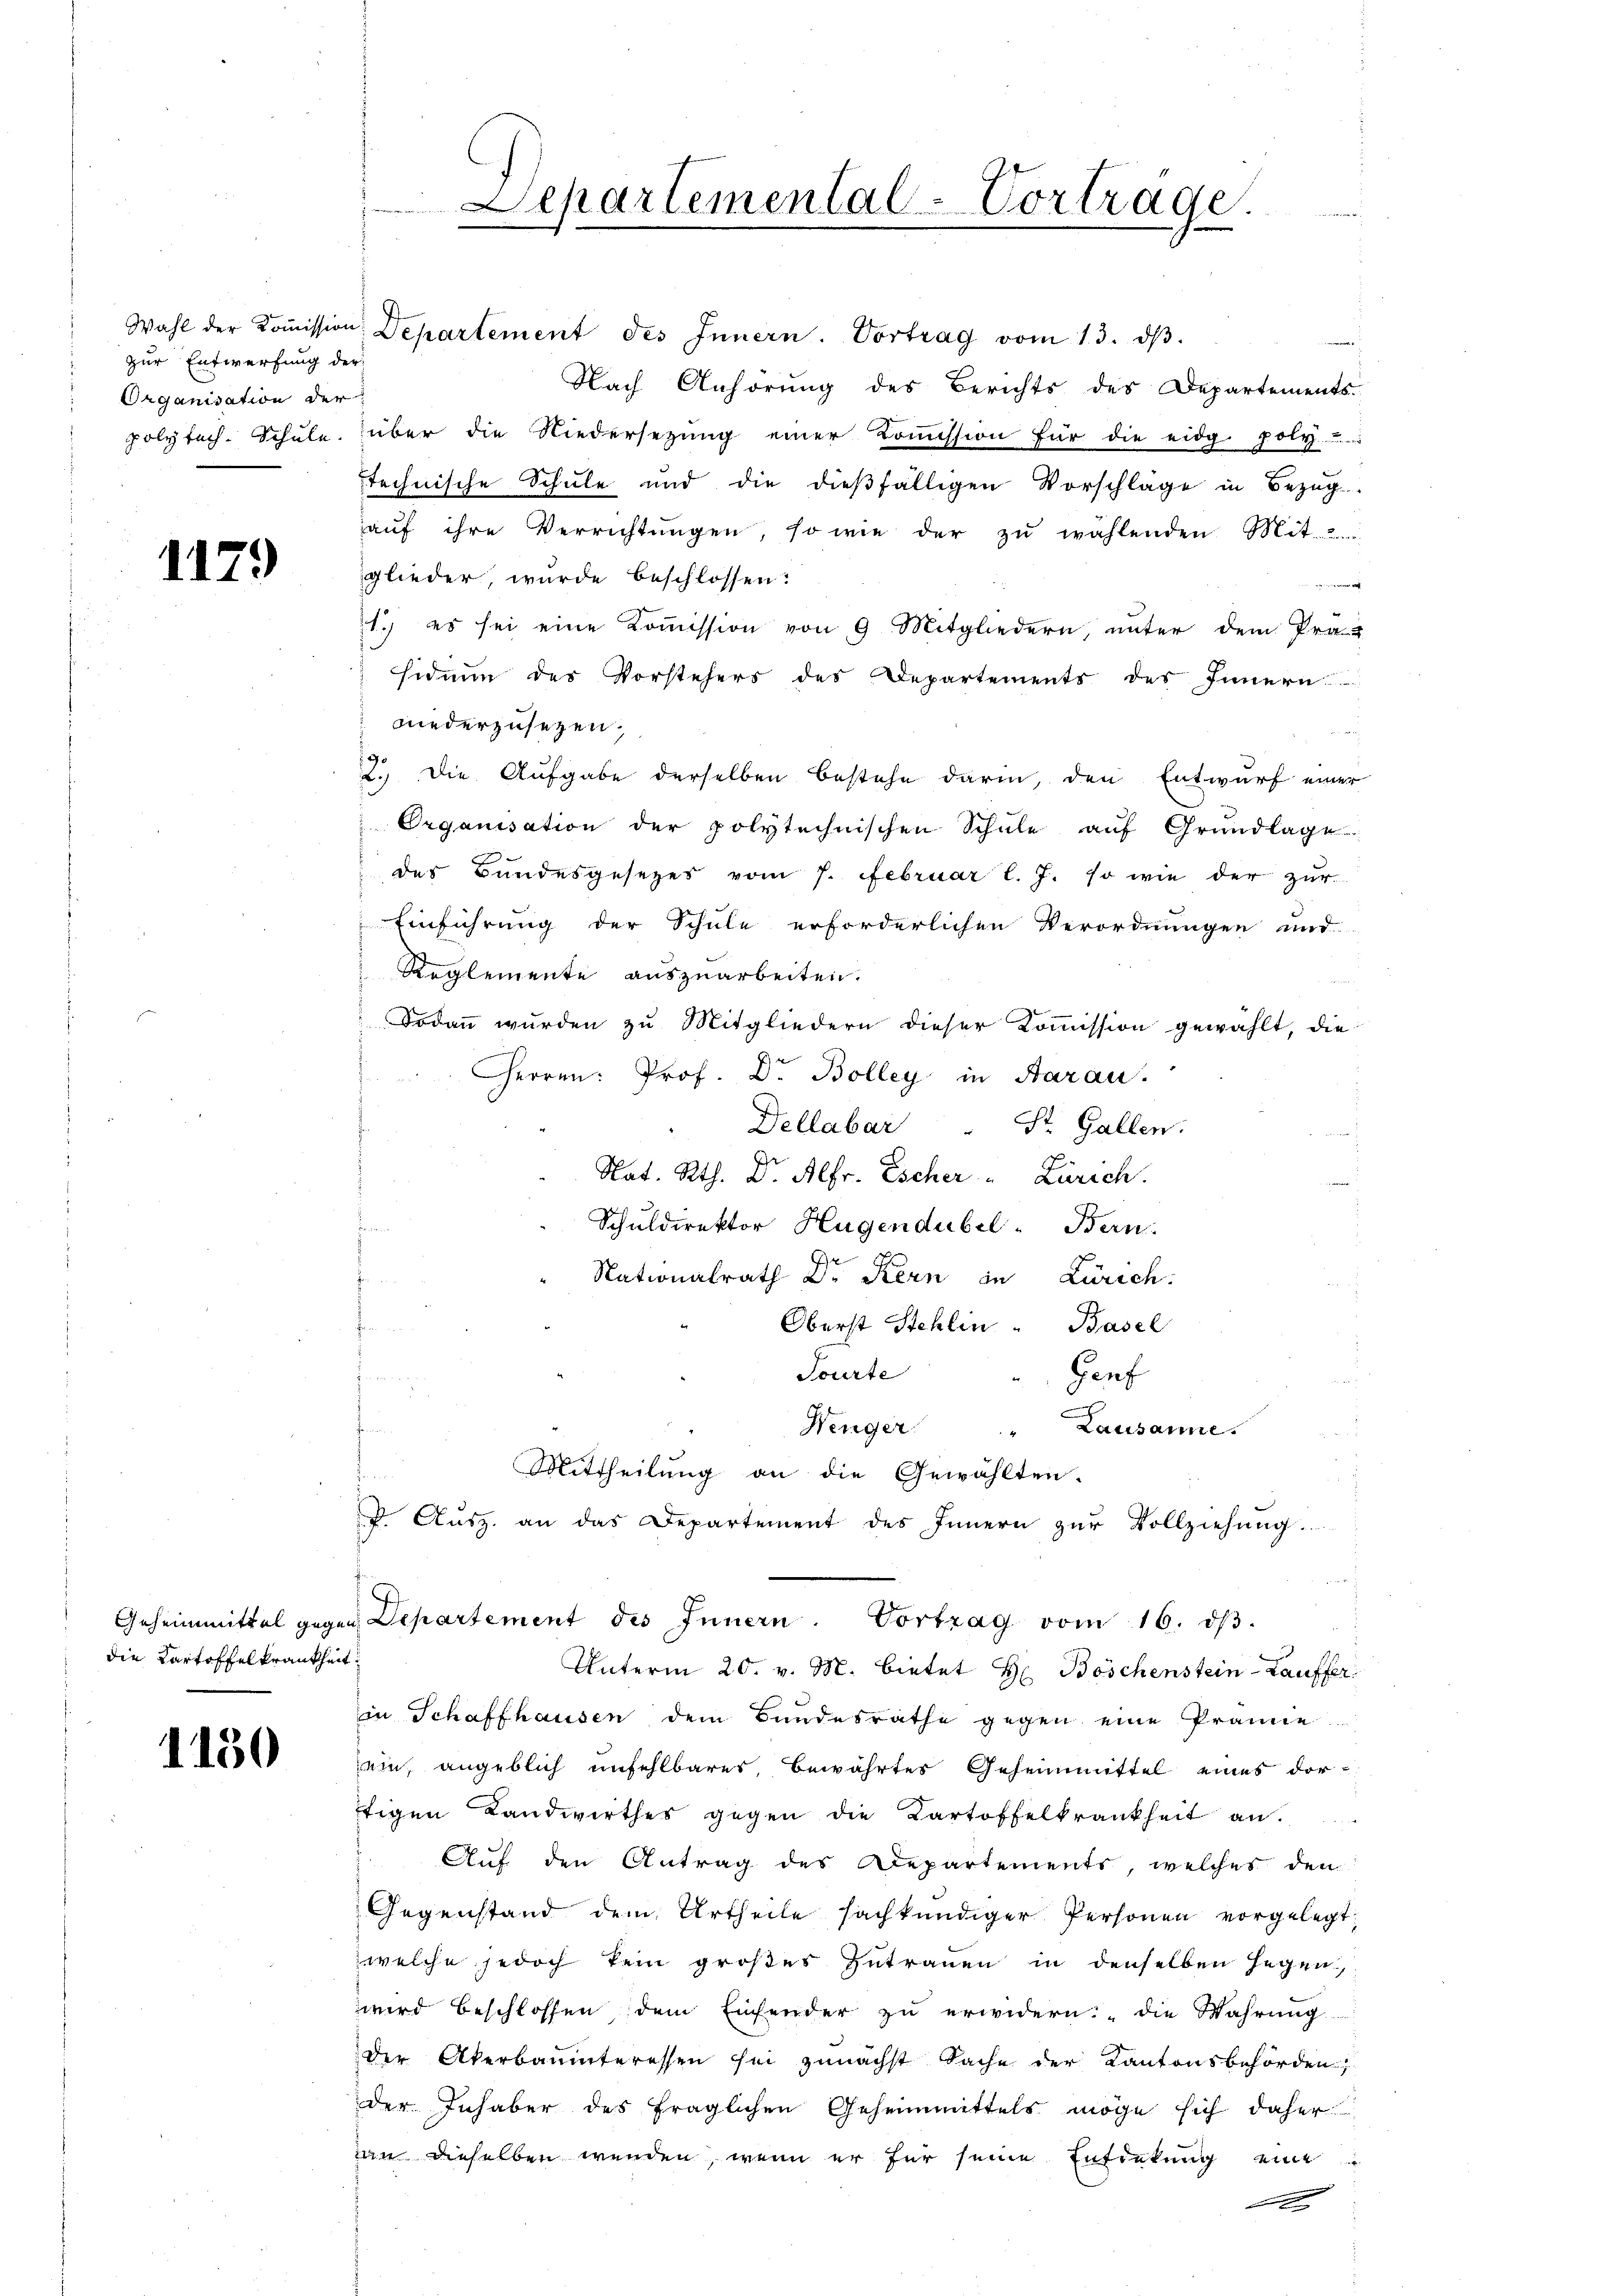
1179

die Kartoffelkrankheit.

1130

zur Entwerfung der
Organisation der

Separtemental-Vortrage.

Wahl der Koṁission Departement des Innern. Vortrag vom 13. dβ.
¬
Nach Anhörung des Berichts des Departements-
polytech. Schŭle über die Niedersetzŭng einer Koṁission für die eidg. poly.....
stechnische Schule und die dießfälligen Vorschläge in Bezug
auf ihre Verrichtungen, so wie der zu wählenden Mit-
glieder wurde beschlossen.
1.) es sei eine Kommission von 9 Mitgliedern, unter dem Prä-
siduum des Vorstehers des Departements des Innern
niederzusetzen.
2. Die Aufgabe derselben bestehe darin, den Entwurf einer
Organisation der polytechnischen Schule auf Grundlage
des Bundesgesetzes vom 7. Februar l. J. so wie der zur
Einführung der Schule erforderlichen Verordnungen und
Reglemente auszuarbeiten.
Fodann wurden zu Mitgliedern dieser Kommission gewählt, die
Herren: Prof. Dr. Bolleg in Aarau
Dellabar
St. Gallen.
.
Nat. Rth. D. Alfr. Escher - Zürich.
Schuldirektor Hugendubel-Bern.
Nationalrath Dr Kern in Zürich.
Oberst Stehlin " Basel
s
Tourte
Hauf
Wenger
f
 Lausanne.
Mittheilung an die Gewählten.
. Aŭsz. an das Departement des Innern zŭr Vollziehung.
Geheimmittel gegen Departement des Innern. Vortrag vom 16. dβ.
Unterm 20. v. M. bietet H. Böschenstein-Lauffer
in Schaffhausen dem Bundesrathe gegen eine Prämie
ein, angeblich unfehlbares, bewährtes Geheimittel eines dortigen Landwirthes gegen die Kartoffelkrankheit an.
Auf den Antrag des Departements, welches den
Gegenstand dem Urtheile sachkundiger Personen vorgelegt
welche jedoch kein großes Zutrauen in denselben Gegen,
wird beschlossen dem Einsender zu erwidern: „die Wahrung
der Akerbaumteressen sei zunächst Sache der Kantonsbehörden;
der Inhaber des fraglichen Geheimmittels möge sich daher
uin dieselben wenden, wenn er für seine Entdekung eine